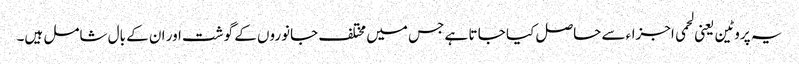
یہ پروٹین یعنی لحمی اجزاءسے حاصل کیا جا تا ہے جس میں مختلف جانوروں کے گوشت اور ان کے بال شامل ہیں۔